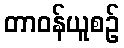
တာဝန်ယူစဉ်